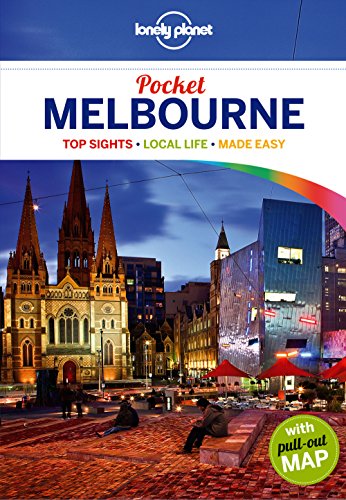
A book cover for Lonely Planet Pocket Melbourne (Travel Guide); Lonely Planet; Travel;